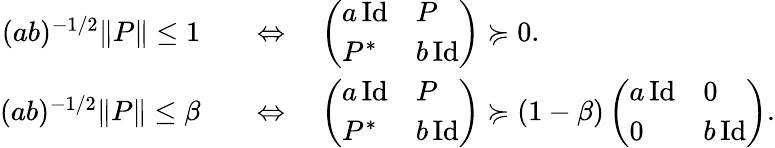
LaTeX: \begin{array}{rl}{(ab)^{-1/2}\| P\| \leq 1}&{\quad\Leftrightarrow\quad\left(\begin{array}{ll}{a\, \mathrm{Id}}&{P}\\ {P^{*}}&{b\, \mathrm{Id}}\end{array}\right)\succcurlyeq 0.}\\ {(ab)^{-1/2}\| P\| \leq\beta}&{\quad\Leftrightarrow\quad\left(\begin{array}{ll}{a\, \mathrm{Id}}&{P}\\ {P^{*}}&{b\, \mathrm{Id}}\end{array}\right)\succcurlyeq(1-\beta)\left(\begin{array}{ll}{a\, \mathrm{Id}}&{0}\\ {0}&{b\, \mathrm{Id}}\end{array}\right).}\end{array}